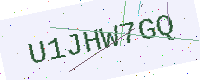
Text: U1JHW7GQ